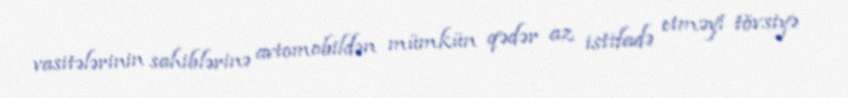
vasitələrinin sahiblərinə avtomobildən mümkün qədər az istifadə etməyi tövsiyə